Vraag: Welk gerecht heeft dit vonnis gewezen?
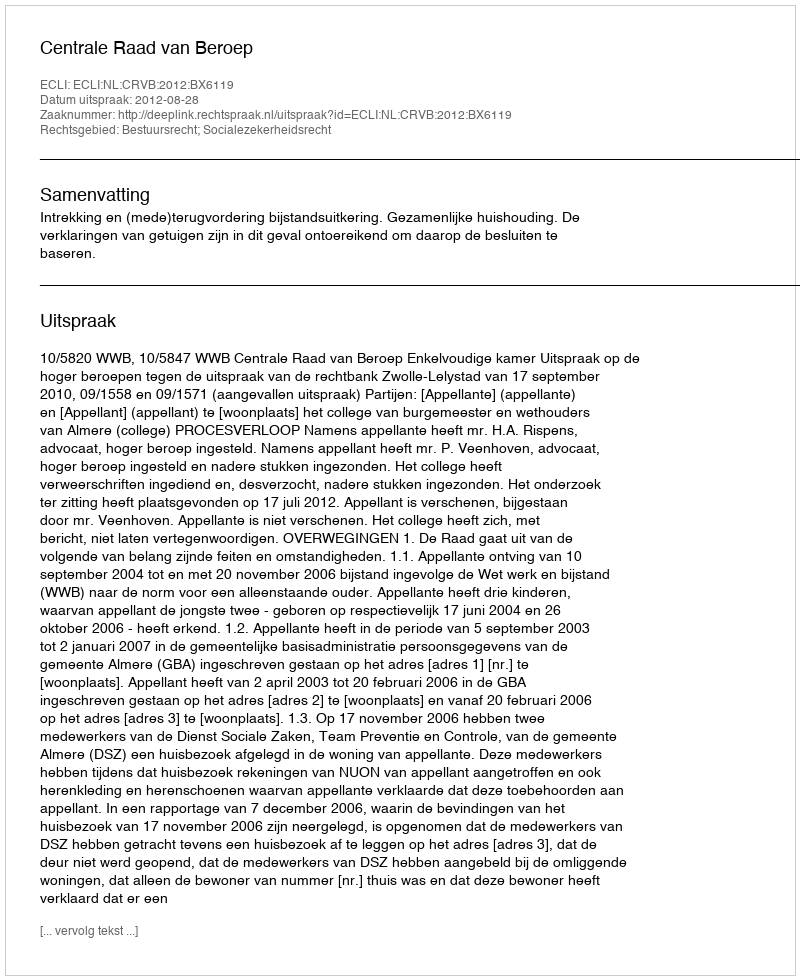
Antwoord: Centrale Raad van Beroep